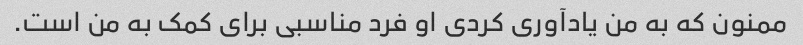
ممنون که به من یادآوری کردی او فرد مناسبی برای کمک به من است.